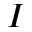
I